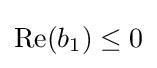
\mathrm {Re} (b_{1})\leq 0